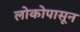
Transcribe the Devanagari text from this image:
लोकोपासून